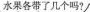
水果各带了几个吗?